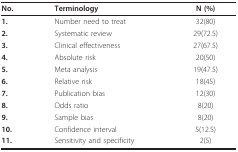
<table><thead><tr><td><b>No.</b></td><td><b>Terminology</b></td><td><b>N (%)</b></td></tr></thead><tbody><tr><td><b>1.</b></td><td>Number need to treat</td><td>32(80)</td></tr><tr><td><b>2.</b></td><td>Systematic review</td><td>29(72.5)</td></tr><tr><td><b>3.</b></td><td>Clinical effectiveness</td><td>27(67.5)</td></tr><tr><td><b>4.</b></td><td>Absolute risk</td><td>20(50)</td></tr><tr><td><b>5.</b></td><td>Meta analysis</td><td>19(47.5)</td></tr><tr><td><b>6.</b></td><td>Relative risk</td><td>18(45)</td></tr><tr><td><b>7.</b></td><td>Publication bias</td><td>12(30)</td></tr><tr><td><b>8.</b></td><td>Odds ratio</td><td>8(20)</td></tr><tr><td><b>9.</b></td><td>Sample bias</td><td>8(20)</td></tr><tr><td><b>10.</b></td><td>Confidence interval</td><td>5(12.5)</td></tr><tr><td><b>11.</b></td><td>Sensitivity and specificity</td><td>2(5)</td></tr></tbody></table>